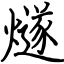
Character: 燧